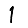
Digit: 1